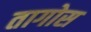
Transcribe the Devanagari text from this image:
तागोस